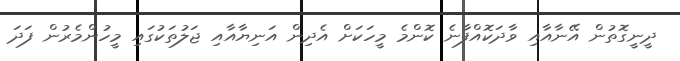
ދީނީގޮތުން އޭނާއާއި ވާދަކޮއްފާނެ ކޮންމެ މީހަކަށް އެދިން އަނިޔާއާއި ޖަލުތަކުގައި މީހުންމެރުން ފަދަ